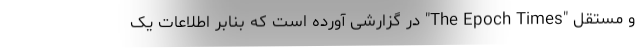
و مستقل "The Epoch Times" در گزارشی آورده است که بنابر اطلاعات یک